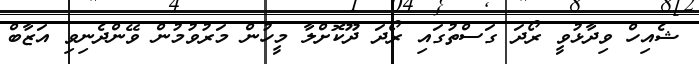
ޝެއިހް ވިދާޅުވީ ރޯދަ ގަސްތުގައި ރޯދަ ދޫކޮށްލާ މީހުން މަރުވުމުން ވޭންދެނިވި އަޒާބް